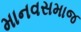
માનવસમાજ